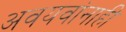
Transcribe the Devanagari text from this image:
अवयवांनाही